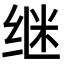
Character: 继